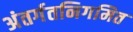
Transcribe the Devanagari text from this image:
अंतर्गतनिगमित